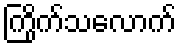
ကြိုက်သလောက်